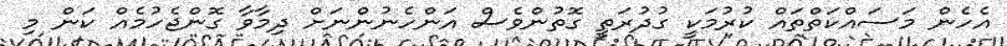
އެހެން މަސައްކަތްތައް ކުރުމަކީ ގުދުރަތީ ގޮތުންވެސް އަންހެނުންނަށް ދިމާވާ ގޮންޖެހުމެއް ކަން މި